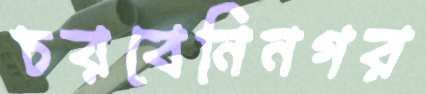
চরবেনিনগর